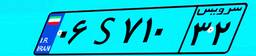
۰۶S۷۱۰۳۲